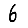
Digit: 6